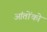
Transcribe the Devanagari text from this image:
आंतोंको